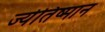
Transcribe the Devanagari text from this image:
ज्येतिष्मान